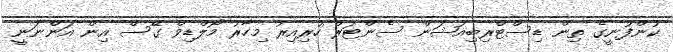
ކުންފުނީގެ ތިން ޑިސްޓްރިބިއުޝަން ސެންޓަރު ހުރިއިރު މިހާރު މޯލްޑިވް ގޭސް އިން އަންނަނީ